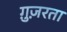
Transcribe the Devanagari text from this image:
ग़ुज़रता